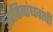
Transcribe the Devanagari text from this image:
ज्ञातिबांधवांची